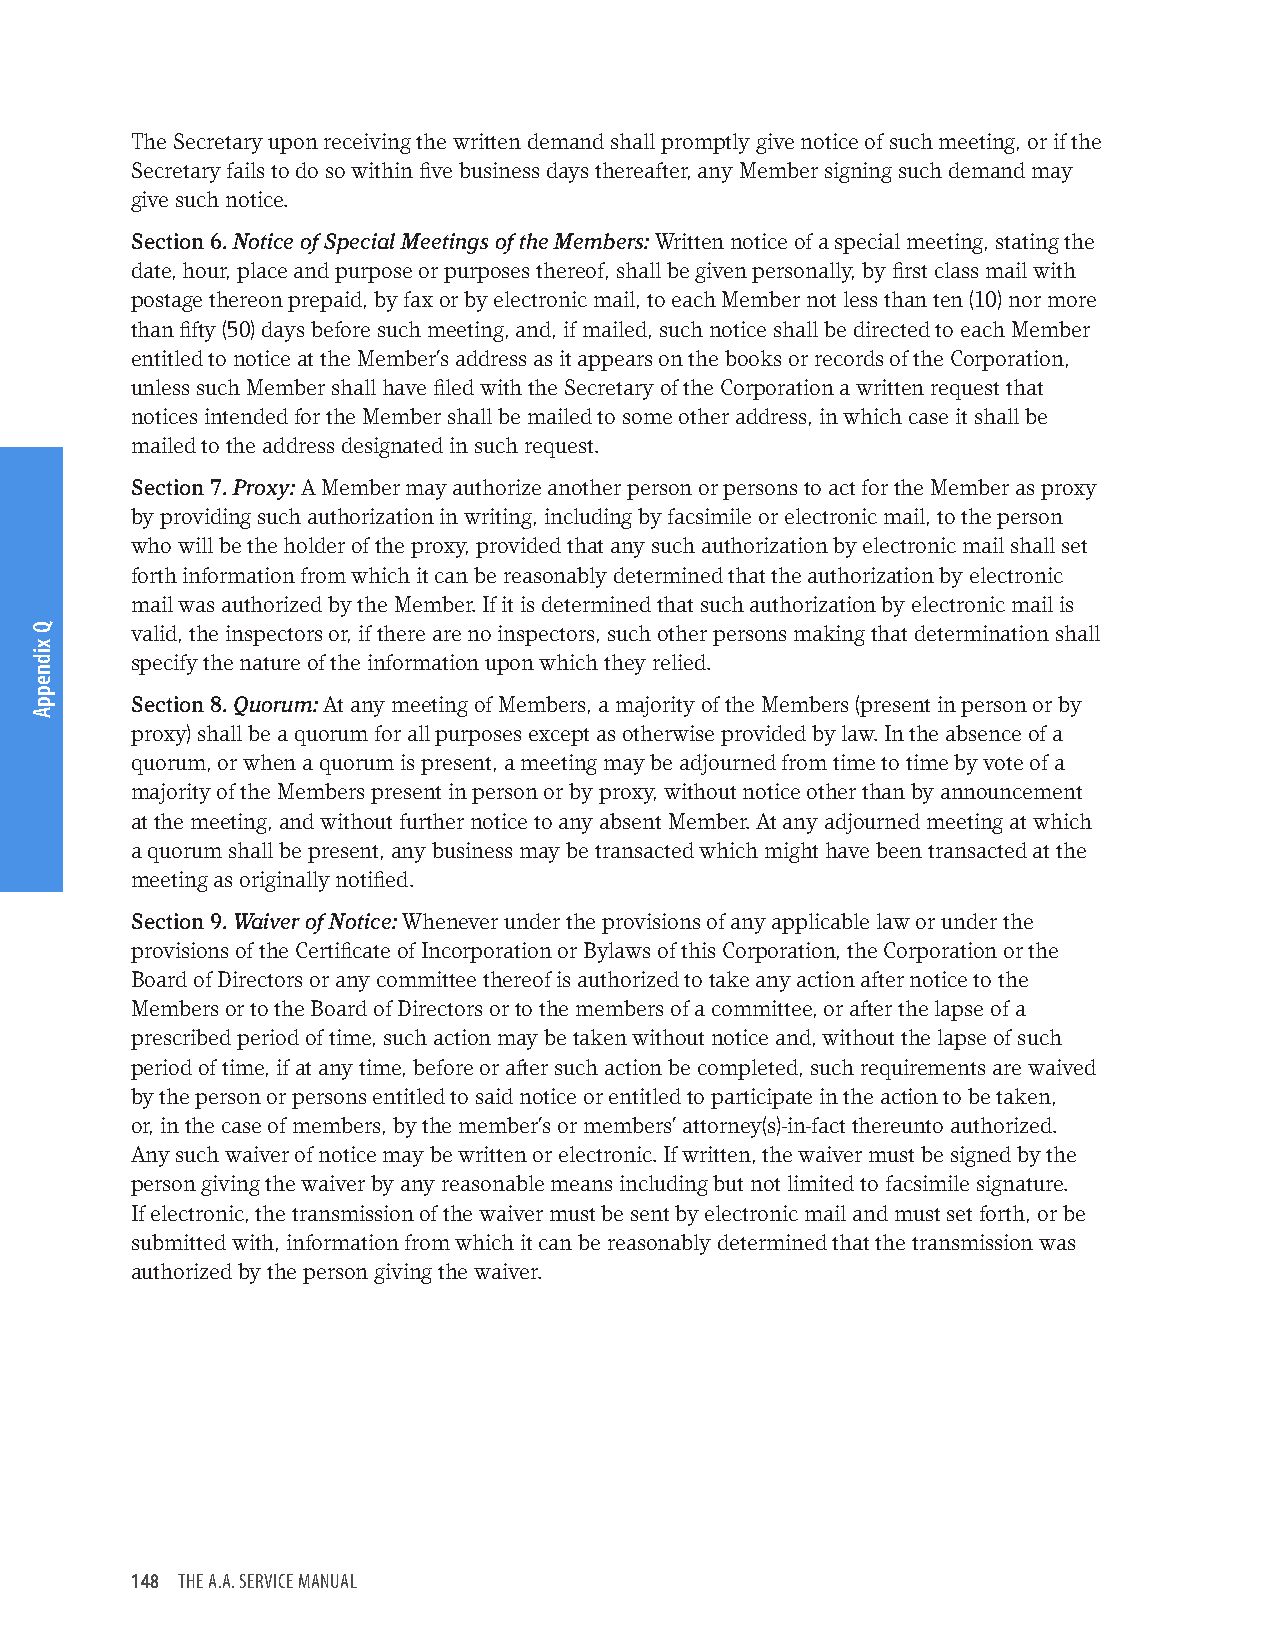
The Secretary upon receiving the written demand shall promptly give notice of such meeting, or if the
 Secretary fails to do so within five business days thereafter, any Member signing such demand may
 give such notice.
 Section 6. Notice of Special Meetings of the Members: Written notice of a special meeting, stating the
 date, hour, place and purpose or purposes thereof, shall be given personally, by first class mail with
 postage thereon prepaid, by fax or by electronic mail, to each Member not less than ten (10) nor more
 than fifty (50) days before such meeting, and, if mailed, such notice shall be directed to each Member
 entitled to notice at the Member’s address as it appears on the books or records of the Corporation,
 unless such Member shall have filed with the Secretary of the Corporation a written request that
 notices intended for the Member shall be mailed to some other address, in which case it shall be
 mailed to the address designated in such request.
 Section 7. Proxy: A Member may authorize another person or persons to act for the Member as proxy
 by providing such authorization in writing, including by facsimile or electronic mail, to the person
 who will be the holder of the proxy, provided that any such authorization by electronic mail shall set
 forth information from which it can be reasonably determined that the authorization by electronic
 mail was authorized by the Member. If it is determined that such authorization by electronic mail is
 valid, the inspectors or, if there are no inspectors, such other persons making that determination shall
 specify the nature of the information upon which they relied.
 Section 8. Quorum: At any meeting of Members, a majority of the Members (present in person or by
 proxy) shall be a quorum for all purposes except as otherwise provided by law. In the absence of a
 quorum, or when a quorum is present, a meeting may be adjourned from time to time by vote of a
 majority of the Members present in person or by proxy, without notice other than by announcement
 at the meeting, and without further notice to any absent Member. At any adjourned meeting at which
 a quorum shall be present, any business may be transacted which might have been transacted at the
 meeting as originally notified.
 Section 9. Waiver of Notice: Whenever under the provisions of any applicable law or under the
 provisions of the Certificate of Incorporation or Bylaws of this Corporation, the Corporation or the
 Board of Directors or any committee thereof is authorized to take any action after notice to the
 Members or to the Board of Directors or to the members of a committee, or after the lapse of a
 prescribed period of time, such action may be taken without notice and, without the lapse of such
 period of time, if at any time, before or after such action be completed, such requirements are waived
 by the person or persons entitled to said notice or entitled to participate in the action to be taken,
 or, in the case of members, by the member’s or members’ attorney(s)-in-fact thereunto authorized.
 Any such waiver of notice may be written or electronic. If written, the waiver must be signed by the
 person giving the waiver by any reasonable means including but not limited to facsimile signature.
 If electronic, the transmission of the waiver must be sent by electronic mail and must set forth, or be
 submitted with, information from which it can be reasonably determined that the transmission was
 authorized by the person giving the waiver.
 148 THE A.A. SERVICE MANUAL
 Q
 xidneppA